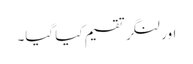
اور لنگر تقسیم کیا گیا۔